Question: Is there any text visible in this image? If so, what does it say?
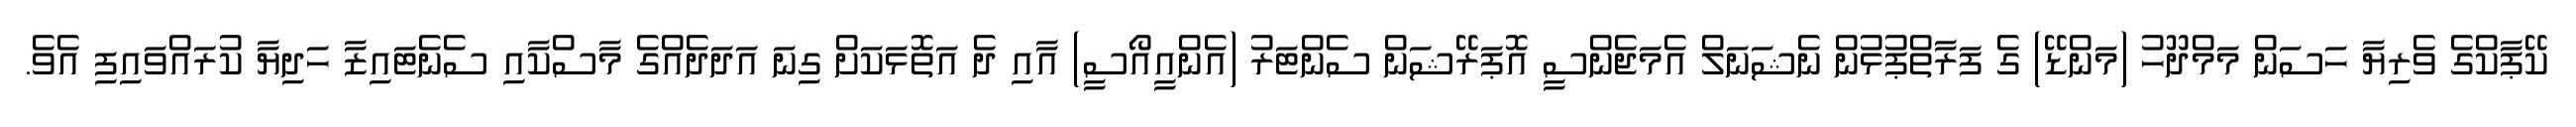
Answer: ކޭޕާކްގެ ވެރިޔާ ހަސަން މަމްދޫހު (މަންޑޭ) ގެ ފަރާތްޕުޅުން ނެޝަނަލް އެމަޖެންސީ އޮޕަރޭޝަން ސެންޓަރު (އެންއީއޯސީ) އާއި ދެ އަތޮޅަކަށް ގިނަ އަދަދެއްގެ މާސްކާއި ސެނެޓައިޒާ ހަދިޔާ ކުރައްވައިފި އެވެ.